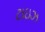
ટાઇઝ